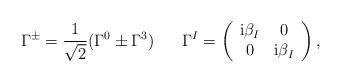
LaTeX: \begin{align*}\Gamma^{\pm} = \frac{1}{\sqrt{2}}(\Gamma^0 \pm \Gamma^3) \hspace{7mm}\Gamma^I=\left(\begin{array}{cc}{\rm i} \beta_I & 0 \\0 & {\rm i} \beta_I \end{array}\right),\end{align*}